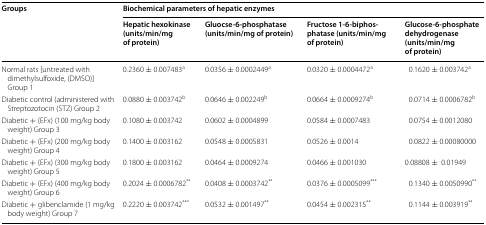
<table><thead><tr><td rowspan="2"><b>Groups</b></td><td colspan="4"><b>Biochemical parameters of hepatic enzymes</b></td></tr><tr><td><b>Hepatic hexokinase (units/min/mg of protein)</b></td><td><b>Gluocse-6-phosphatase (units/min/mg of protein)</b></td><td><b>Fructose 1-6-biphosphatase (units/min/mg of protein)</b></td><td><b>Glucose-6-phosphate dehydrogenase (units/min/mg of protein)</b></td></tr></thead><tbody><tr><td>Normal rats [untreated with dimethylsulfoxide, (DMSO)] Group 1</td><td>0.2360 ± 0.007483<sup>a</sup></td><td>0.0356 ± 0.0002449<sup>a</sup></td><td>0.0320 ± 0.0004472<sup>a</sup></td><td>0.1620 ± 0.003742<sup>a</sup></td></tr><tr><td>Diabetic control (administered with Streptozotocin (STZ) Group 2</td><td>0.0880 ± 0.003742<sup>b</sup></td><td>0.0646 ± 0.002249<sup>b</sup></td><td>0.0664 ± 0.0009274<sup>b</sup></td><td>0.0714 ± 0.0006782<sup>b</sup></td></tr><tr><td>Diabetic + (EFx) (100 mg/kg body weight) Group 3</td><td>0.1080 ± 0.003742</td><td>0.0602 ± 0.0004899</td><td>0.0584 ± 0.0007483</td><td>0.0754 ± 0.0012080</td></tr><tr><td>Diabetic + (EFx) (200 mg/kg body weight) Group 4</td><td>0.1400 ± 0.003162</td><td>0.0548 ± 0.0005831</td><td>0.0526 ± 0.0014</td><td>0.0822 ± 0.00080000</td></tr><tr><td>Diabetic + (EFx) (300 mg/kg body weight) Group 5</td><td>0.1800 ± 0.003162</td><td>0.0464 ± 0.0009274</td><td>0.0466 ± 0.001030</td><td>0.08808 ±0.01949</td></tr><tr><td>Diabetic + (EFx) (400 mg/kg body weight) Group 6</td><td>0.2024 ± 0.0006782<sup>**</sup></td><td>0.0408 ± 0.0003742<sup>**</sup></td><td>0.0376 ± 0.0005099<sup>***</sup></td><td>0.1340 ± 0.0050990<sup>**</sup></td></tr><tr><td>Diabetic + glibenclamide (1 mg/kg body weight) Group 7</td><td>0.2220 ± 0.003742<sup>***</sup></td><td>0.0532 ± 0.001497<sup>**</sup></td><td>0.0454 ± 0.002315<sup>**</sup></td><td>0.1144 ± 0.003919<sup>**</sup></td></tr></tbody></table>